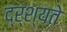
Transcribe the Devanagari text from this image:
द्र्श्यते